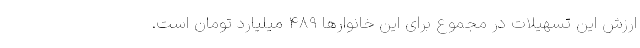
ارزش این تسهیلات در مجموع برای این خانوارها ۴۸۹ میلیارد تومان است.